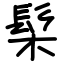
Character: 髤